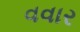
વવાર